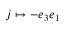
j \mapsto - e _ { 3 } e _ { 1 }